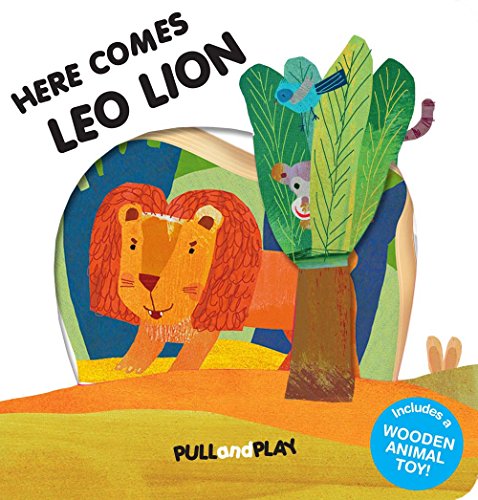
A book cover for Here Comes Leo Lion (Pull and Play); La Coccinella; Children's Books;